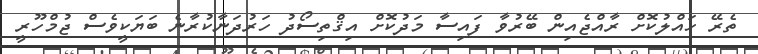
ތެރޭ ހައްލުކޮށް ރާއްޖެއިން ބޭރުވާ ފައިސާ މަދުކޮށް އިޤްތިސޯދު ހަރުދަނާކުރާނެ ބަޔަކީވެސް ޖުމްހޫރީ